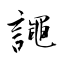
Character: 譝